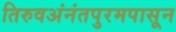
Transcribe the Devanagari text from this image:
तिरुवअंनंतपुरमपासून